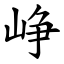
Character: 峥